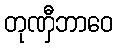
တုဏှီဘာဝေ